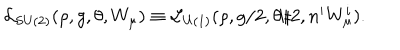
{ \cal L } _ { \mathrm { S U ( 2 ) } } ( \rho , g , \theta , W _ { \mu } ) \equiv { \cal L } _ { \mathrm { U ( 1 ) } } ( \rho , g / 2 , \theta / 2 , n ^ { i } W _ { \mu } ^ { i } ) .